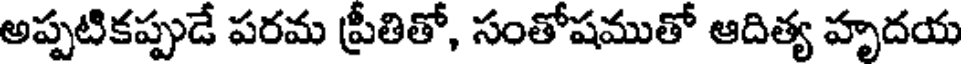
అప్పటికప్పుడే పరమ ప్రీతితో, సంతోషముతో ఆదిత్య హృదయ